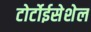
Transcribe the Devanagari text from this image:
टोर्टोईसेशेल